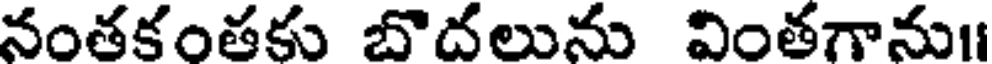
నంతకంతకు బొదలును వింతగాను1